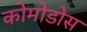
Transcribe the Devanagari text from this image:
कोमोडोस